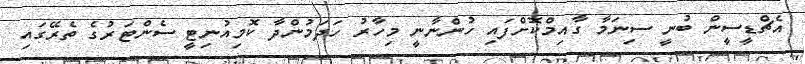
އެޗްޑީސީން ބުނީ ސިނަމާ ގާއިމްކޮށްފައި ހުންނާނީ މިހާރު ހަދަމުންދާ ކޮމިއުނިޓީ ސެންޓަރުގެ ތެރޭގައި